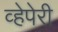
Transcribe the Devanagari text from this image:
व्हेपेरी